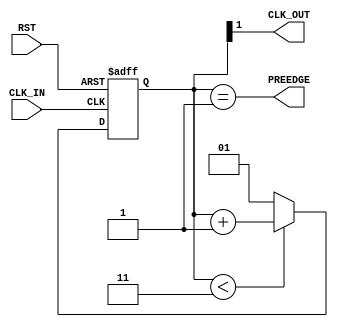

`ifdef BSV_ASSIGNMENT_DELAY
`else
  `define BSV_ASSIGNMENT_DELAY
`endif

`ifdef BSV_POSITIVE_RESET
  `define BSV_RESET_VALUE 1'b1
  `define BSV_RESET_EDGE posedge
`else
  `define BSV_RESET_VALUE 1'b0
  `define BSV_RESET_EDGE negedge
`endif


// A clock divider circuit.
// Division is based on the parameters, where
// Division is upper - lower + 1
// Duty cycle is :
//       let half = 1 << (width-1)
//       (upper - half) / upper - lower + 1
// E.g., (2,1,3) is a divide by 3  duty cycle  2/3
//       (2,0,3) is a divide by 4  duty cycle  2/4
//       (1,0,1) is a divide by 2, duty cycle  1/2
//       (3,1,5) is a divide by 5  duty cycle  2/5
//       (3,2,6) is a divide by 5  duty cycle  3/5
// The offset allow edges for separate modules to be determined
// relative to each other. a clock divider with offset 1 occurs one
// (fast) clock later than a clock with offset 0.
module ClockDiv(CLK_IN, RST, PREEDGE,  CLK_OUT);

   parameter width = 2 ;        // must be sufficient to hold upper
   parameter lower = 1 ;        //
   parameter upper = 3 ;
   parameter offset = 0;        // offset for relative edges.
                                // (0 <= offset <= (upper - lower)

   input     CLK_IN;            // input clock
   input     RST;

   output    PREEDGE;           // output signal announcing an upcoming edge
   output    CLK_OUT;           // output clock

   reg [ width -1 : 0 ] cntr ;
   reg                  PREEDGE ;

   // Wire constants for the parameters
   wire [width-1:0]     upper_w ;
   wire [width-1:0]     lower_w ;

   assign               CLK_OUT = cntr[width-1] ;
   assign               upper_w = upper ;
   assign               lower_w = lower ;

   // The clock is about to tick when counter is about to set its msb
   //  Note some simulators do not allow 0 width expressions
   wire [width-1:0]     nexttick = ~ ( 'b01 << (width-1) )  ;

   // Combinational block to generate next edge signal
   always@( cntr or nexttick )
     begin
        #0
        // The nonblocking assignment use to delay the update of the edge ready signal
        // Since this read by other always blocks trigger by the output CLK of this module
        PREEDGE <= `BSV_ASSIGNMENT_DELAY  (cntr == nexttick) ;
     end

   always@( posedge CLK_IN or `BSV_RESET_EDGE RST )
     begin
        // The use of blocking assignment within this block insures
        // that the clock generated from cntr[MSB] occurs before any
        // LHS of nonblocking assignments also from CLK_IN occur.
        // Basically, this insures that CLK_OUT and CLK_IN occur within
        // the same phase of the execution cycle,  before any state
        // updates occur. see
        // http://www.sunburst-design.com/papers/CummingsSNUG2002Boston_NBAwithDelays.pdf

        if ( RST == `BSV_RESET_VALUE )
          cntr = upper - offset ;
        else
          begin
             if ( cntr < upper_w )
               cntr = cntr + 1 ;
             else
               cntr = lower_w ;
          end // else: !if( RST == `BSV_RESET_VALUE )
     end // always@ ( posedge CLK_IN or `BSV_RESET_EDGE RST )

`ifdef BSV_NO_INITIAL_BLOCKS
`else // not BSV_NO_INITIAL_BLOCKS
  // synopsys translate_off
  initial
    begin
       #0 ;
       cntr = (upper - offset)  ;
       PREEDGE = 0 ;
    end // initial begin
  // synopsys translate_on
`endif // BSV_NO_INITIAL_BLOCKS


endmodule // ClockDiv